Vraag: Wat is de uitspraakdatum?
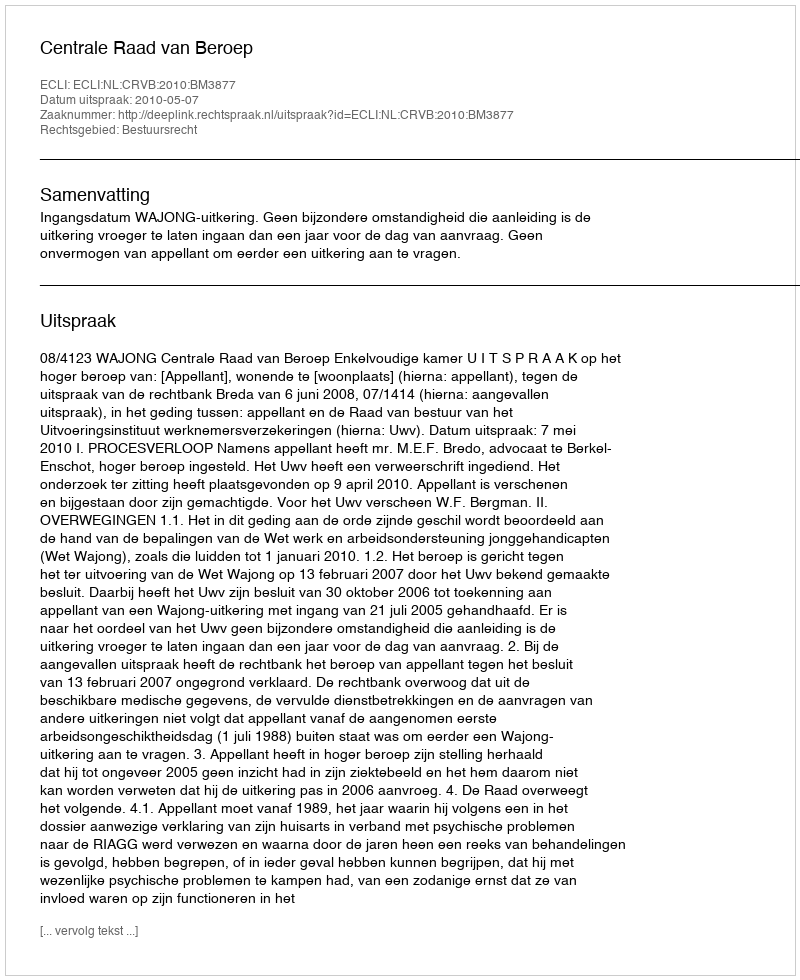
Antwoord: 2010-05-07